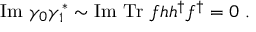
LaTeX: \mathrm { I m } ~ \gamma _ { 0 } \gamma _ { 1 } ^ { * } \sim \mathrm { I m } ~ \mathrm { T r } ~ f h h ^ { \dag } f ^ { \dag } = 0 ~ .